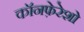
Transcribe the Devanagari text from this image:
कॉनफ़ेरेशो